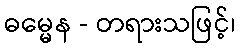
ဓမ္မေန - တရားသဖြင့်၊